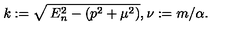
k : = \sqrt { \: E _ { n } ^ { 2 } - ( p ^ { 2 } + \mu ^ { 2 } ) } , \nu : = m / \alpha .